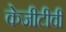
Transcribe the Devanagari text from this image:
केजीटीवी